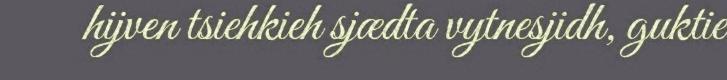
hijven tsiehkieh sjædta vytnesjidh, guktie